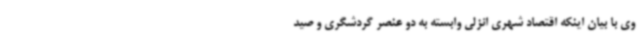
وی با بیان اینکه اقتصاد شهری انزلی وابسته به دو عنصر گردشگری و صید